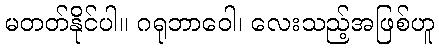
မတတ်နိုင်ပါ။ ဂရုဘာဝေါ၊ လေးသည့်အဖြစ်ဟူ